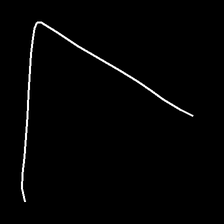
Glyph: region